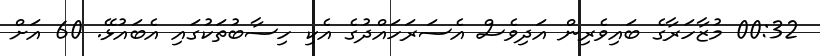
00:32 މުޒާހަރާގެ ބައިވެރިން އަދިވެސް އެސަރަހައްދުގެ އެކި ހިސާބުތަކުގައި އެބައުޅޭ. 60 އަށް